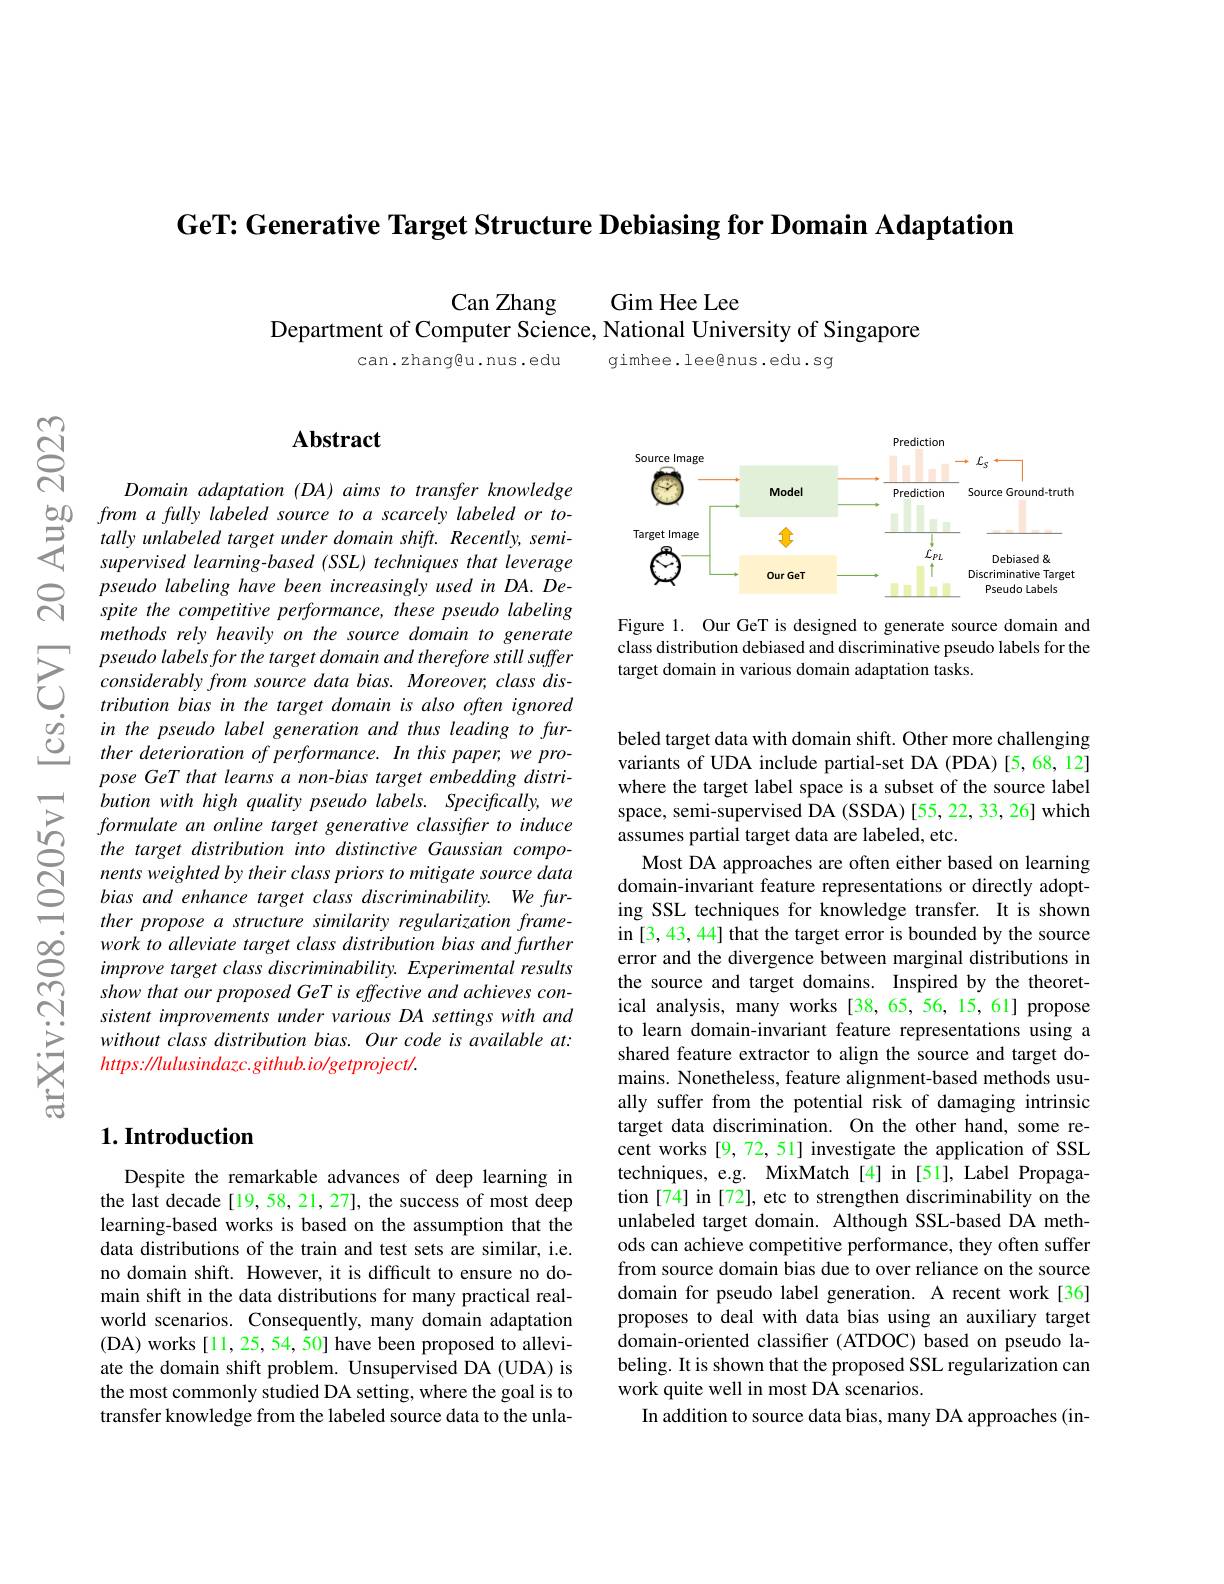
GeT: Generative Target Structure Debiasing for Domain Adaptation

Can Zhang
Gim Hee Lee
Department of Computer Science, National University of Singapore

can.zhang@u.nus.edu

gimhee.lee@nus.edu.sg

$ଝୁ$

$సి$

## Abstract

Domain adaptation (DA) aims to transfer knowledge
$\begin{array}{lll}{50}&{from~a~fully~labeled~source~to~a~scarcely~labeled~or~to-1}\\{5}&{tally~unlabeled~target~under~domain~shiff.~Recently~semi-2}\\{8}&{supervised~learning~-based~(SSL)~techniques~that~leverage}\end{array}$
pseudo labeling have been increasingly used in DA. Despite the competitive perfor methods rely heavily on the source domain to generate
$\sum_{\begin{array}{lll}&\text{pseudo labels fo}\end{array}}$ $\begin{array}{llll}&\text{tribution bias in the target domain is}\end{array}$
pose GeT that learns a non-b bution with high quality pse formulate an online target generative classifter to induce the target distribution into nents weighted by their class priors to mitigate source data bias and enhance target class discriminability. We further propose a structure similarity regularization framework to alleviate target class distribution bias and further improve target class discriminability. Experimental results show that our proposed GeT is effective and achieves consistent improvements under various DA settings with and without class distribution bias. Our code is available at: $https://lulusindazc.github.io/getproject/.$

### $1. \textbf{Introduction}$

Despite the remarkable advances of deep learning in the last decade [19,58,21,27], the success of most deep learning-based works is based on the assumption that the data distributions of the train and test sets are similar, i.e. no domain shift. However, it is difficult to ensure no domain shift in the data distributions for many practical realworld scenarios. Consequently, many domain adaptation (DA) works[11,25,54,50] have been proposed to alleviate the domain shift problem. Unsupervised DA (UDA) is the most commonly studied DA setting, where the goal is to transfer knowledge from the labeled source data to the unla-

<FigureHere>

Figure 1. Our GeT is designed to generate source domain and class distribution debiased and discriminative pseudo labels for the target domain in various domain adaptation tasks.

beled target data with domain shift. Other more challenging variants of UDA include partial-set DA (PDA)[5,68,12] where the target label space is a subset of the source label space, semi-supervised DA (SSDA) [55, 22, 33, 26] which assumes partial target data are labeled, etc.
Most DA approaches are often either based on learning domain-invariant feature representations or directly adopting SSL techniques for knowledge transfer. It is shown in [3,43,44] that the target error is bounded by the source error and the divergence between marginal distributions in the source and target domains. Inspired by the theoretical analysis, many works [38,65,56,15,61] propose to learn domain-invariant feature representations using a shared feature extractor to align the source and target domains. Nonetheless, feature ally suffer from the potential risk of damaging intrinsic target data discrimination. On the other hand, some recent works [9, 72, 51] inves techniques, e.g. MixMatch[4] in [51], Label Propagation [74] in [72], etc to strengthen discriminability on the unlabeled target domain. Alt ods can achieve competitive performance, they often suffer from source domain bias due domain for pseudo label generation. A recent work[36] proposes to deal with data b domain-oriented classifier (ATDOC) based on pseudo labeling. It is shown that the proposed SSL regularization can work quite well in most DA s
In addition to source data bias, many DA approaches (in-